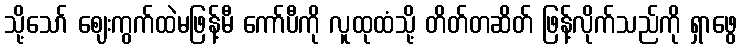
သို့သော် ဈေးကွက်ထဲမဖြန့်မီ ကော်ပီကို လူထုထံသို့ တိတ်တဆိတ် ဖြန့်လိုက်သည်ကို ရှာဖွေ